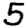
Digit: 5